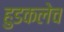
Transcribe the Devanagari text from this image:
हुडकलेच